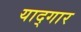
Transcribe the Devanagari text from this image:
याद्गार